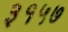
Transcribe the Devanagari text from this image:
३१५७